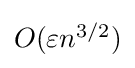
{\textstyle O(\varepsilon n^{3/2})}